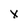
Character: x